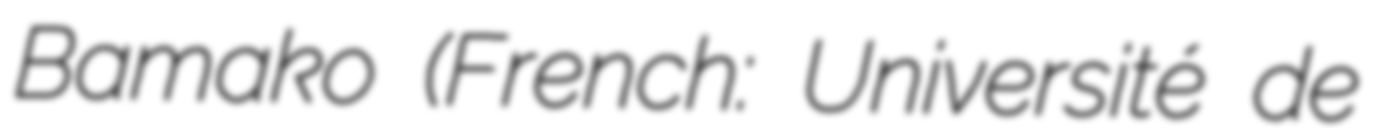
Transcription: Bamako (French: Université de